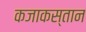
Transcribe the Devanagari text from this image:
कजाकस्तान